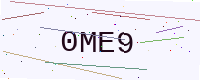
Text: 0ME9